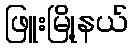
ဖြူးမြို့နယ်